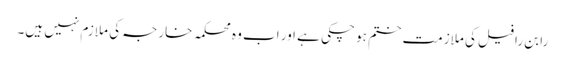
رابن رافیل کی ملازمت ختم ہو چکی ہے اور اب وہ محکمہ خارجہ کی ملازم نہیں ہیں۔